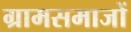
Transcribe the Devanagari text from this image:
ग्रामसमाजों